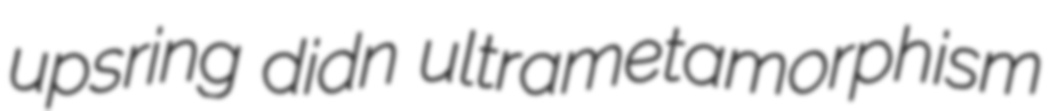
upsring didn ultrametamorphism